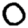
Digit: 0